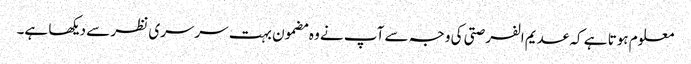
معلوم ہوتا ہے کہ عدیم الفرصتی کی وجہ سے آپ نے وہ مضمون بہت سرسری نظر سے دیکھا ہے۔